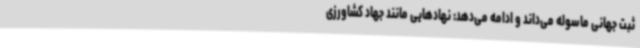
ثبت جهانی ماسوله می‌داند و ادامه می‌دهد: نهادهایی مانند جهاد کشاورزی